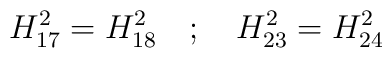
H_{17}^{2} = H_{18}^{2} \quad ; \quad H_{23}^{2} = H_{24}^{2}